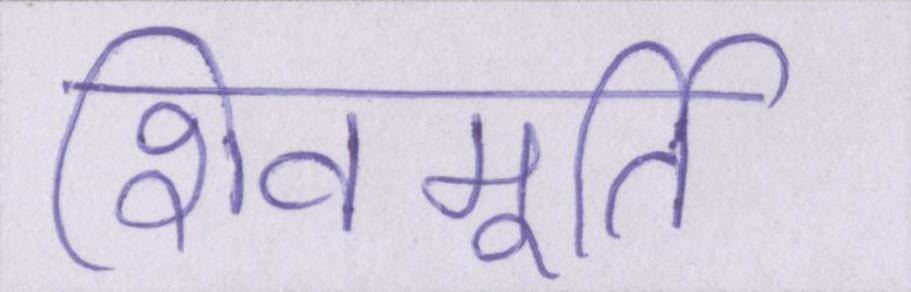
शिवमूर्ति